Civil Veterinary Dept. Bombay admin report 1907-1913 - 1907-1913
Year: 1907
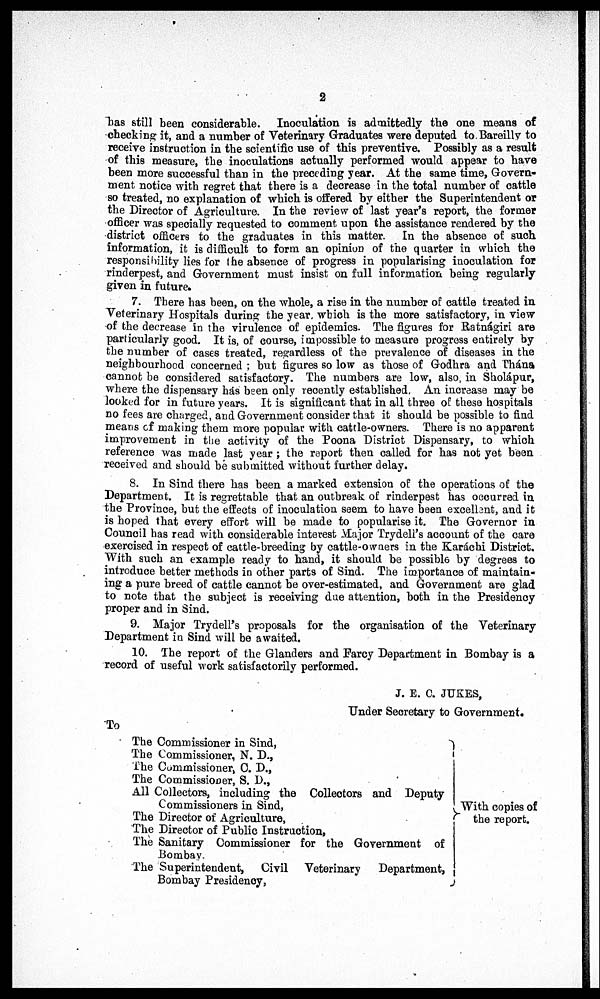
2
has still been considerable. Inoculation is admittedly the one means of
checking it, and a number of Veterinary Graduates were deputed to Bareilly to
receive instruction in the scientific use of this preventive. Possibly as a result
of this measure, the inoculations actually performed would appear to have
been more successful than in the preceding year. At the same time, Govern-
ment notice with regret that there is a decrease in the total number of cattle
so treated, no explanation of which is offered by either the Superintendent or
the Director of Agriculture. In the review of last year's report, the former
officer was specially requested to comment upon the assistance rendered by the
district officers to the graduates in this matter. In the absence of such
information, it is difficult to form an opinion of the quarter in which the
responsibility lies for the absence of progress in popularising inoculation for
rinderpest, and Government must insist on full information being regularly
given in future.
7. There has been, on the whole, a rise in the number of cattle treated in
Veterinary Hospitals during the year which is the more satisfactory, in view
of the decrease in the virulence of epidemics. The figures for Ratnágiri are
particularly good. It is, of course, impossible to measure progress entirely by
the number of cases treated, regardless of the prevalence of diseases in the
neighbourhood concerned ; but figures so low as those of Godhra and Thána
cannot be considered satisfactory. The numbers are low, also in Sholápur,
where the dispensary has been only recently established, An increase may be
looked for in future years. It is significant that in all three of these hospitals
no fees are charged, and Government consider that it should be possible to find
means of making them more popular with cattle-owners. There is no apparent
improvement in the activity of the Poona District Dispensary, to which
reference was made last year ; the report then called for has not yet been
received and should be submitted without further delay.
8. In Sind there has been a marked extension of the operations of the
Department. It is regrettable that an outbreak of rinderpest has occurred in
the Province, but the effects of inoculation seem to have been excellent, and it
is hoped that every effort will be made to popularise it. The Governor in
Council has read with considerable interest Major Trydell's account of the care
exercised in respect of cattle-breeding by cattle-owners in the Karachi District.
With such an example ready to hand, it should be possible by degrees to
introduce better methods in other parts of Sind. The importance of maintain-
ing a pure breed of cattle cannot be over-estimated, and Government are glad
to note that the subject is receiving due attention, both in the Presidency
proper and in Sind.
9. Major Trydell's proposals for the organisation of the Veterinary
Department in Sind will be awaited.
10. The report of the Glanders and Farcy Department in Bombay is a
record of useful work satisfactorily performed.
J. E. C. JUKES,
Under Secretary to Government.
To
The Commissioner in Sind,
The Commissioner, N. D.,
The Cummissioner, C. D.,
The Commissioner, S. D.,
All Collectors, including the Collectors and Deputy
Commissioners in Sind,
The Director of Agriculture,
The Director of Public Instruction,
The Sanitary Commissioner for the Government of
Bombay.
The Superintendent, Civil Veterinary
Department,
Bombay Presidency,
With copies of
the report.